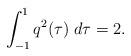
LaTeX: \begin{align*}\int_{-1}^1 q^2(\tau) \; d\tau = 2.\end{align*}